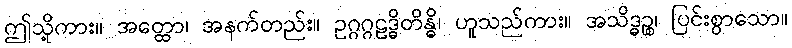
ဤသို့ကား။ အတ္ထော၊ အနက်တည်း။ ဥဂ္ဂဂ္ဂဠဒ္ဓိတိန္ဓိ၊ ဟူသည်ကား။ အသိဒ္ဓဉ္စ၊ ပြင်းစွာသော။